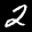
Label: 2